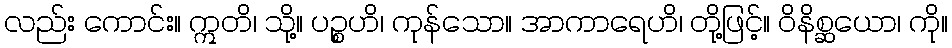
လည်း ကောင်း။ ဣတိ၊ သို့။ ပဉ္စဟိ၊ ကုန်သော။ အာကာရေဟိ၊ တို့ဖြင့်။ ဝိနိစ္ဆယော၊ ကို။